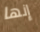
إنها